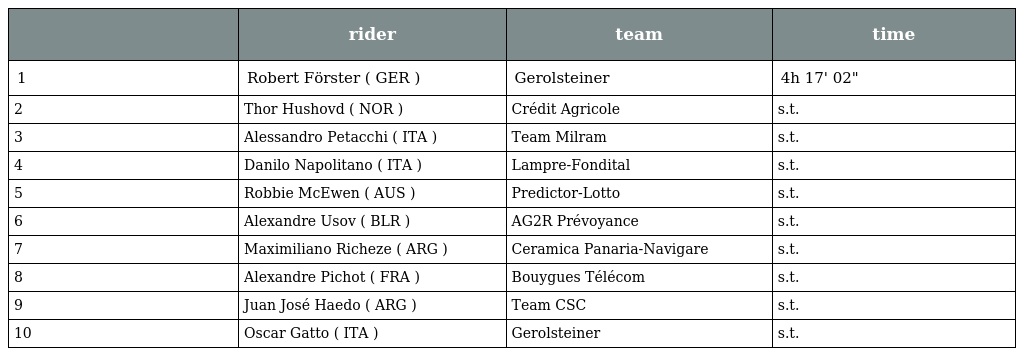
|  | rider | team | time |
 | --- | --- | --- | --- |
 | 1 | Robert Förster ( GER ) | Gerolsteiner | 4h 17' 02" |
 | 2 | Thor Hushovd ( NOR ) | Crédit Agricole | s.t. |
 | 3 | Alessandro Petacchi ( ITA ) | Team Milram | s.t. |
 | 4 | Danilo Napolitano ( ITA ) | Lampre-Fondital | s.t. |
 | 5 | Robbie McEwen ( AUS ) | Predictor-Lotto | s.t. |
 | 6 | Alexandre Usov ( BLR ) | AG2R Prévoyance | s.t. |
 | 7 | Maximiliano Richeze ( ARG ) | Ceramica Panaria-Navigare | s.t. |
 | 8 | Alexandre Pichot ( FRA ) | Bouygues Télécom | s.t. |
 | 9 | Juan José Haedo ( ARG ) | Team CSC | s.t. |
 | 10 | Oscar Gatto ( ITA ) | Gerolsteiner | s.t. |